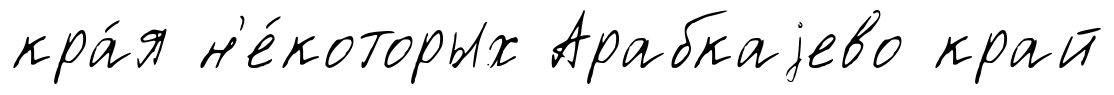
кра́я н'е́которых Арабкаjево край